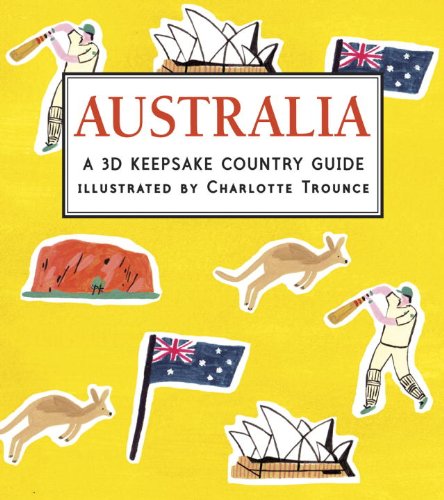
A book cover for Australia: A 3D Keepsake Country Guide (Panorama Pops); Candlewick Press; Children's Books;